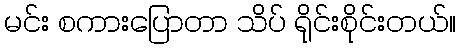
မင်း စကားပြောတာ သိပ် ရိုင်းစိုင်းတယ်။